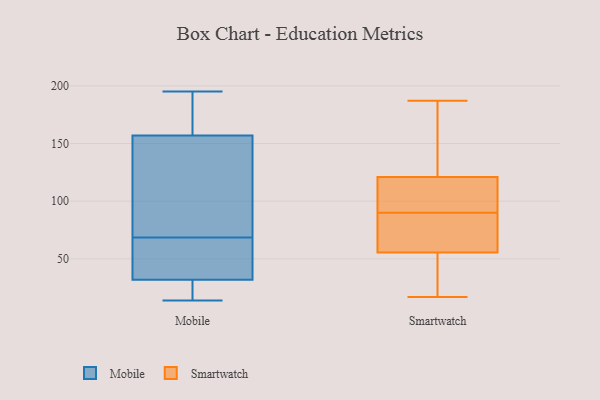
{"axis": {"x": "Energy Usage (MWh)", "y": "Value"}, "legend": ["Mobile", "Smartwatch"], "data": [{"x": "", "y": 140, "type": "Mobile"}, {"x": "", "y": 20, "type": "Mobile"}, {"x": "", "y": 59, "type": "Mobile"}, {"x": "", "y": 14, "type": "Mobile"}, {"x": "", "y": 58, "type": "Mobile"}, {"x": "", "y": 78, "type": "Mobile"}, {"x": "", "y": 195, "type": "Mobile"}, {"x": "", "y": 22, "type": "Mobile"}, {"x": "", "y": 168, "type": "Mobile"}, {"x": "", "y": 155, "type": "Mobile"}, {"x": "", "y": 157, "type": "Mobile"}, {"x": "", "y": 32, "type": "Mobile"}, {"x": "", "y": 179, "type": "Mobile"}, {"x": "", "y": 59, "type": "Mobile"}, {"x": "", "y": 86, "type": "Smartwatch"}, {"x": "", "y": 128, "type": "Smartwatch"}, {"x": "", "y": 48, "type": "Smartwatch"}, {"x": "", "y": 94, "type": "Smartwatch"}, {"x": "", "y": 54, "type": "Smartwatch"}, {"x": "", "y": 67, "type": "Smartwatch"}, {"x": "", "y": 179, "type": "Smartwatch"}, {"x": "", "y": 21, "type": "Smartwatch"}, {"x": "", "y": 114, "type": "Smartwatch"}, {"x": "", "y": 150, "type": "Smartwatch"}, {"x": "", "y": 187, "type": "Smartwatch"}, {"x": "", "y": 85, "type": "Smartwatch"}, {"x": "", "y": 57, "type": "Smartwatch"}, {"x": "", "y": 94, "type": "Smartwatch"}, {"x": "", "y": 172, "type": "Smartwatch"}, {"x": "", "y": 77, "type": "Smartwatch"}, {"x": "", "y": 94, "type": "Smartwatch"}, {"x": "", "y": 35, "type": "Smartwatch"}, {"x": "", "y": 112, "type": "Smartwatch"}, {"x": "", "y": 17, "type": "Smartwatch"}]}